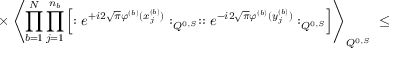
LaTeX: \times \left\langle \prod _ { b = 1 } ^ { N } \prod _ { j = 1 } ^ { n _ { b } } \left[ : e ^ { + i 2 \sqrt { \pi } \varphi ^ { ( b ) } ( x _ { j } ^ { ( b ) } ) } : _ { Q ^ { 0 , S } } : : e ^ { - i 2 \sqrt { \pi } \varphi ^ { ( b ) } ( y _ { j } ^ { ( b ) } ) } : _ { Q ^ { 0 , S } } \right] \right\rangle _ { Q ^ { 0 , S } } \; \leq